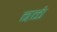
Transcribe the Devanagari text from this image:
बळं